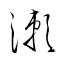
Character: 漱